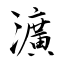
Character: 瀇